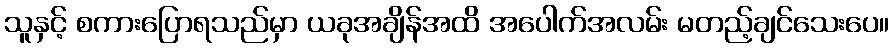
သူနှင့် စကားပြောရသည်မှာ ယခုအချိန်အထိ အပေါက်အလမ်း မတည့်ချင်သေးပေ။